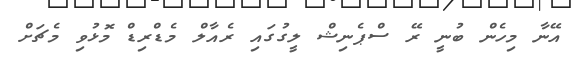
އޭނާ މިހެން ބުނީ ރޭ ސްޕެނިޝް ލީގުގައި ރެއާލް މެޑްރިޑް މޮޅުވި މެޗަށް